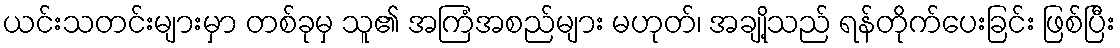
ယင်းသတင်းများမှာ တစ်ခုမှ သူ၏ အကြံအစည်များ မဟုတ်၊ အချို့သည် ရန်တိုက်ပေးခြင်း ဖြစ်ပြီး